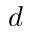
d